Medical and sanitary report of the native army of Bengal for the year
Year: 1875
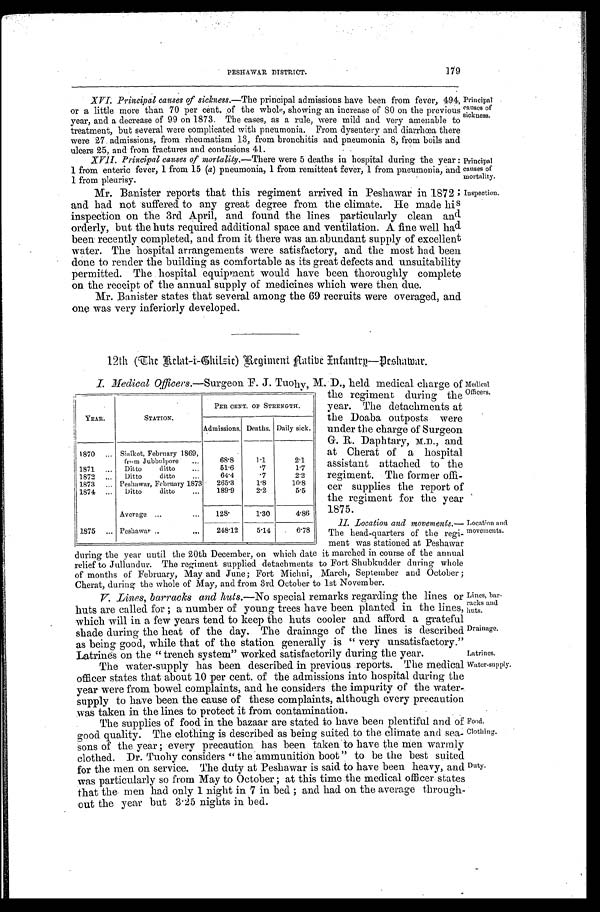
Inspection.
Medical
Officers.
during the year until the 20th December, on which date it marched in course of the annual
relief to Jullundur. The regiment supplied detachments to Fort Shubkudder during whole
of months of February, May and June; Fort Michni, March, September and October;
C h e a r t , d u r i g t h e w h o l e o f M a y ,a n d f r o m 3 r d O c t o b e r t o 1 s t N o v e m b e r .
Lines, bar
racks and
huts.
Drainage.
Latrines
Water-supply.
Food
Clothing.
179
PESHAWAR DISTRICT.
XVI. Principal causes of sickness.— The principal admissions have been from fever, 494,
or a little more than 70 per cent. of the whole, showing an increase of 80 on the previous
year, and a decrease of 99 on 1873. The cases, as a rule, were mild and very amenable to
treatment, but several were complicated with pneumonia. From dysentery and diarrhœa there
were 27 admissions, from rheumatism 13, from bronchitis and pneumonia 8, from boils and ulcer 25, and from fracture and conusions 41.
XVII. Principal causes of mortality.— There were 5 deaths in hospital during the year :
1 from enteric fever, 1 from 15 (a) pneumonia, 1 from remittent fever, 1 from pneumonia, and I from pleurisy.
Principal
c a u s e s o f
sickuess.
Principal
causes of
mortality.
Mr. Banister reports that this regiment arrived in Peshawar in 1872;
and had not suffered to any great degree from the climate. He made his
inspection on the 3rd April, and found the lines particularly clean and
orderly, but the huts required additional space and ventilation. A fine well had
been recently completed, and from it there was an abundant supply of excellent
water. The hospital arrangements were satisfactory, and the most had been
done to render the building as comfortable as its great defects and unsuitability
permitted. The hospital equipment would have been thoroughly complet
e o n t h e r e c e i p t o f t h e a n n u a l s u p p l y o f m e d i c i n e s w h i c h w e r e t h e n d u e .
Mr. Banister states that several among the 69 recruits were overaged, and
one was very inferiorly developed.
12th (The Relat-i-Ghilsie) Regiment N ative I nfantry—Deshawar.
I. Medical Officers.—Surgeon F. J. Tuohy, M. D., held medical charge of
YEAR.
STATION.
PER CENT. OF STRENGTH.
Admissions. Deaths. Daily sick.
1870
... Sialkot, February 1869,
from Jubbulpore
....
68.8
1.1
2.1
1871
...
Ditto
ditto
...
51.6
. 7
1.7
1872
...
Ditto
ditto
..
64.4
. 7
2.2
1873
. . . Peshawar, February 1873
265.3
1.8
10.8
1874
...
Ditto
ditto
...
189.9
2.2
5.5
Average ...
128.
1.30
4.86
1875
... Peshawar ..
. . .
248.12
5.14
6.78
t h e r e g i me n t d u r i n g t h e
year. The detachments at
the Doaba outposts were
under the charge of Surgeon
G. R. Daphtary, M.D., and
at Cherat of a hospital
assistant attached to the
regiment. The former offi
cer supplies the report of
the regiment for the year.
1875.
Location and
The head-quarters of the regi- movements.
meat was stationed at Peshawar
11. Location and movements.—
V. Lines, barracks and huts.—No special remarks regarding the lines or
huts are called for ; a number of young trees have been planted in the lines,
which will in a few years tend to keep the huts cooler and afford a grateful
shade during the heat of the day. The drainage of the lines is described
as being good, while that of the station generally is " very unsatisfactory.''
Latrines on the
" trench system" worked satisfactorily during the year.
The water-supply has been described in previous reports. The medical
officer states that about 10 per cent. of the admissions into hospital during the
year were from bowel complaints, and he considers the impurity of the water-
supply to have been the cause of these complaints, although every precaution
was taken
in the lines to protect it from contamination.
The supplies of food in the bazaar are stated to have been plentiful and of
good quality. The clothing is described as being suited to the climate and sea
sons of the year ; every precaution has been taken to have the men warmly
clothed. Dr. Tuohy considers " the ammunition boot " to be the best suited
for the men on service. The duty at Peshawar is said to have been heavy, and
was particularly so from May to October ; at this time the medical officer states
that the men had only 1 night in 7 in bed ; and had on the average through-
out the year but 3.25 nights in bed.
Duty.